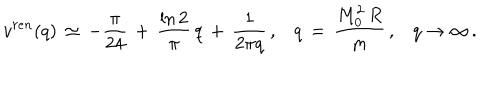
v ^ { r e n } ( q ) \, \simeq \, - \frac { \pi } { 2 4 } \, + \, \frac { \ln 2 } { \pi } \, q \, + \, \frac { 1 } { 2 \pi q } \, { , } \quad q \, = \, \frac { M _ { 0 } ^ { 2 } \, R } { m } \, { , } \quad q \to \infty \, { . }